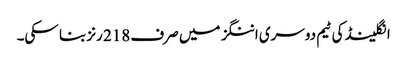
انگلینڈ کی ٹیم دوسری اننگز میں صرف 218 رنز بنا سکی۔